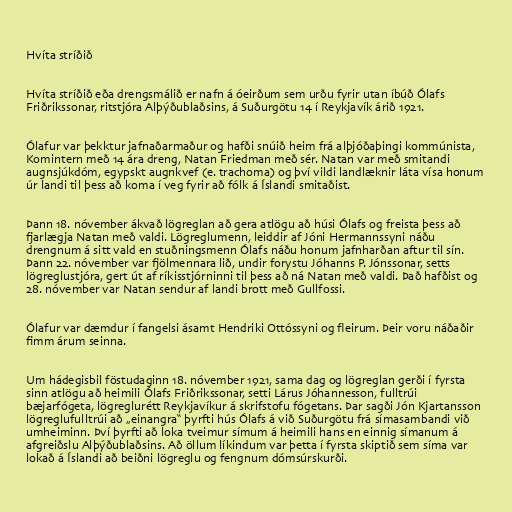
Hvíta stríðið

Hvíta stríðið eða drengsmálið er nafn á óeirðum sem urðu fyrir utan íbúð Ólafs
Friðrikssonar, ritstjóra Alþýðublaðsins, á Suðurgötu 14 í Reykjavík árið 1921.

Ólafur var þekktur jafnaðarmaður og hafði snúið heim frá alþjóðaþingi kommúnista,
Komintern með 14 ára dreng, Natan Friedman með sér. Natan var með smitandi
augnsjúkdóm, egypskt augnkvef (e. trachoma) og því vildi landlæknir láta vísa honum
úr landi til þess að koma í veg fyrir að fólk á Íslandi smitaðist.

Þann 18. nóvember ákvað lögreglan að gera atlögu að húsi Ólafs og freista þess að
fjarlægja Natan með valdi. Lögreglumenn, leiddir af Jóni Hermannssyni náðu
drengnum á sitt vald en stuðningsmenn Ólafs náðu honum jafnharðan aftur til sín.
Þann 22. nóvember var fjölmennara lið, undir forystu Jóhanns P. Jónssonar, setts
lögreglustjóra, gert út af ríkisstjórninni til þess að ná Natan með valdi. Það hafðist og
28. nóvember var Natan sendur af landi brott með Gullfossi.

Ólafur var dæmdur í fangelsi ásamt Hendriki Ottóssyni og fleirum. Þeir voru náðaðir
fimm árum seinna.

Um hádegisbil föstudaginn 18. nóvember 1921, sama dag og lögreglan gerði í fyrsta
sinn atlögu að heimili Ólafs Friðrikssonar, setti Lárus Jóhannesson, fulltrúi
bæjarfógeta, lögreglurétt Reykjavíkur á skrifstofu fógetans. Þar sagði Jón Kjartansson
lögreglufulltrúi að „einangra“ þyrfti hús Ólafs á við Suðurgötu frá símasambandi við
umheiminn. Því þyrfti að loka tveimur símum á heimili hans en einnig símanum á
afgreiðslu Alþýðublaðsins. Að öllum líkindum var þetta í fyrsta skiptið sem síma var
lokað á Íslandi að beiðni lögreglu og fengnum dómsúrskurði.